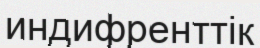
индифренттік